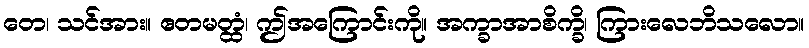
တေ၊ သင်အား။ ဧတမတ္ထံ၊ ဤအကြောင်းကို။ အက္ခာအာစိက္ခိ၊ ကြားလေဘိသလော။